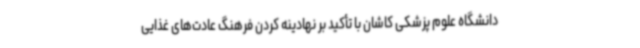
دانشگاه علوم پزشکی کاشان با تأکید بر نهادینه کردن فرهنگ عادت‌های غذایی